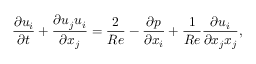
\frac { \partial u _ { i } } { \partial t } + \frac { \partial u _ { j } u _ { i } } { \partial x _ { j } } = \frac { 2 } { R e } - \frac { \partial p } { \partial x _ { i } } + \frac { 1 } { R e } \frac { \partial u _ { i } } { \partial x _ { j } x _ { j } } ,